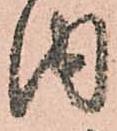
内